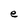
Character: e